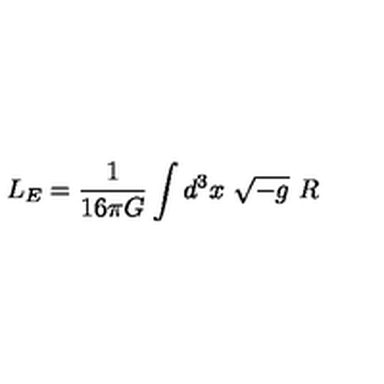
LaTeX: L _ { E } = \frac 1 { 1 6 \pi G } \int d ^ { 3 } x \ \sqrt { - g } \ R